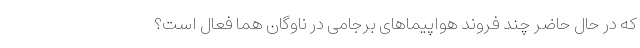
که در حال حاضر چند فروند هواپیماهای برجامی در ناوگان هما فعال است؟